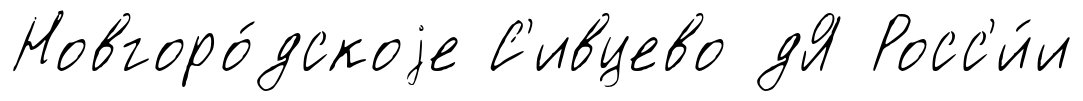
Новгоро́дскоjе С'ивцево дЯ Росс'и́и